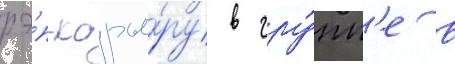
рэ́п-карье́ру в гру́пп'е в